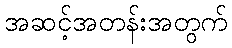
အဆင့်အတန်းအတွက်